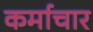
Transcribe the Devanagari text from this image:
कर्माचार